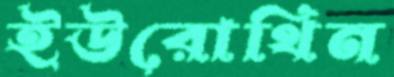
ইউরোথিন